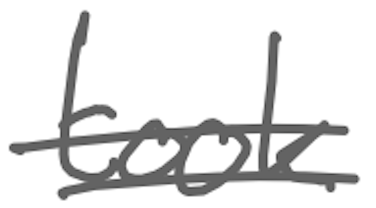
Text: took
Cross-out: double-line
Writing tool: digital_gray